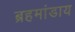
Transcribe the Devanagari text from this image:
ब्रहमांडाय